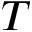
T